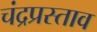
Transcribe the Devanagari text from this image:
चंद्रप्रस्ताव